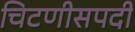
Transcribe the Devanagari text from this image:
चिटणीसपदी